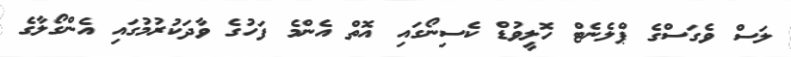
ލަސް ވެގަސްގެ ޕްލެނެޓް ހޮލީވުޑް ކެސިނޯގައި އޮތް އެންމެ ފަހުގެ ވާދަކުރުމުގައި އެންގޯލާގެ